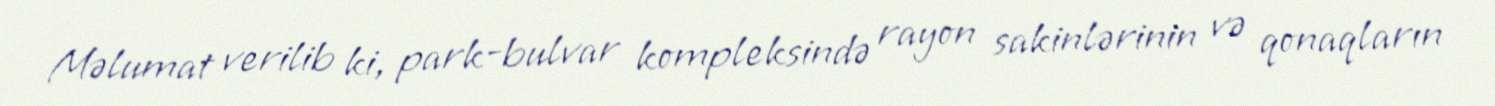
Məlumat verilib ki, park-bulvar kompleksində rayon sakinlərinin və qonaqların